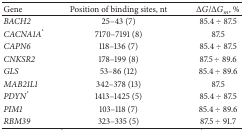
<table><thead><tr><td><b>Gene</b></td><td><b>Position of binding sites, nt</b></td><td><b>Δ<i>G</i>/Δ<i>G</i><sub><i>m</i></sub>, %</b></td></tr></thead><tbody><tr><td><i>BACH2 </i></td><td>25–43 (7)</td><td>85.4 ÷ 87.5</td></tr><tr><td><i>CACNA1A</i><sup>*</sup></td><td>7170–7191 (8)</td><td>87.5</td></tr><tr><td><i>CAPN6 </i></td><td>118–136 (7)</td><td>85.4 ÷ 87.5</td></tr><tr><td><i>CNKSR2 </i></td><td>178–199 (8)</td><td>87.5 ÷ 89.6</td></tr><tr><td><i>GLS </i></td><td>53–86 (12)</td><td>85.4 ÷ 89.6</td></tr><tr><td><i>MAB21L1 </i></td><td>342–378 (13)</td><td>87.5</td></tr><tr><td><i>PDYN</i><sup>*</sup></td><td>1413–1425 (5)</td><td>85.4 ÷ 87.5</td></tr><tr><td><i>PIM1 </i></td><td>103–118 (7)</td><td>85.4 ÷ 89.6</td></tr><tr><td><i>RBM39 </i></td><td>323–335 (5)</td><td>87.5 ÷ 91.7</td></tr></tbody></table>